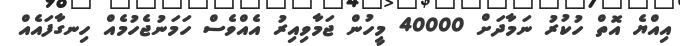
އިއްޔެ އޮތް ހުކުރު ނަމާދަށް 40000 މީހުން ޖަމާވިއިރު އެއްވެސް ހަމަނުޖެހުމެއް ހިނގާފައެއް